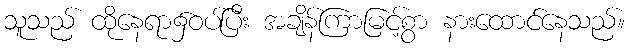
သူသည် ထိုနေရာ၌ဝပ်ပြီး အချိန်ကြာမြင့်စွာ နားထောင်နေသည်။